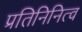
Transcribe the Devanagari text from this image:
प्रतिनिनित्व